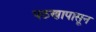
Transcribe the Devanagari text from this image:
पठणापासून